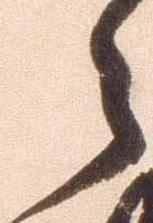
々